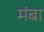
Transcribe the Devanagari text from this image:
मंबा